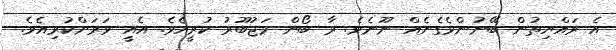
އެ ރައްޔިތުން ބޭނުންވެގެނެއް ނޫނެވެ. ރާ ބޯން މަޖުބޫރު ކުރީއެވެ. އެއީ ވަރަށްކުރިއެވެ.